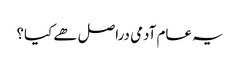
یہ عام آدمی دراصل ھے کیا؟